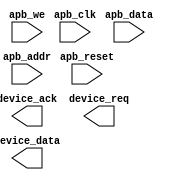
module apb_bus_controller (
    input wire apb_clk,
    input wire apb_reset,
    input wire [31:0] apb_data,
    input wire apb_we,
    input wire [1:0] apb_addr,
    output wire [31:0] device_data,
    output wire device_ack,
    output wire device_req
);

// Add your code here

endmodule